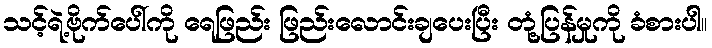
သင့်ရဲ့ဗိုက်ပေါ်ကို ရေဖြည်း ဖြည်းလောင်းချပေးပြီး တုံ့ပြန်မှုကို ခံစားပါ။